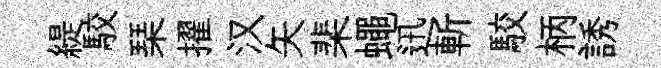
緹駮琹擢汉矢棐蠅迅斬駮柄誘